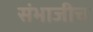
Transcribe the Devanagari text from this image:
संभाजीच